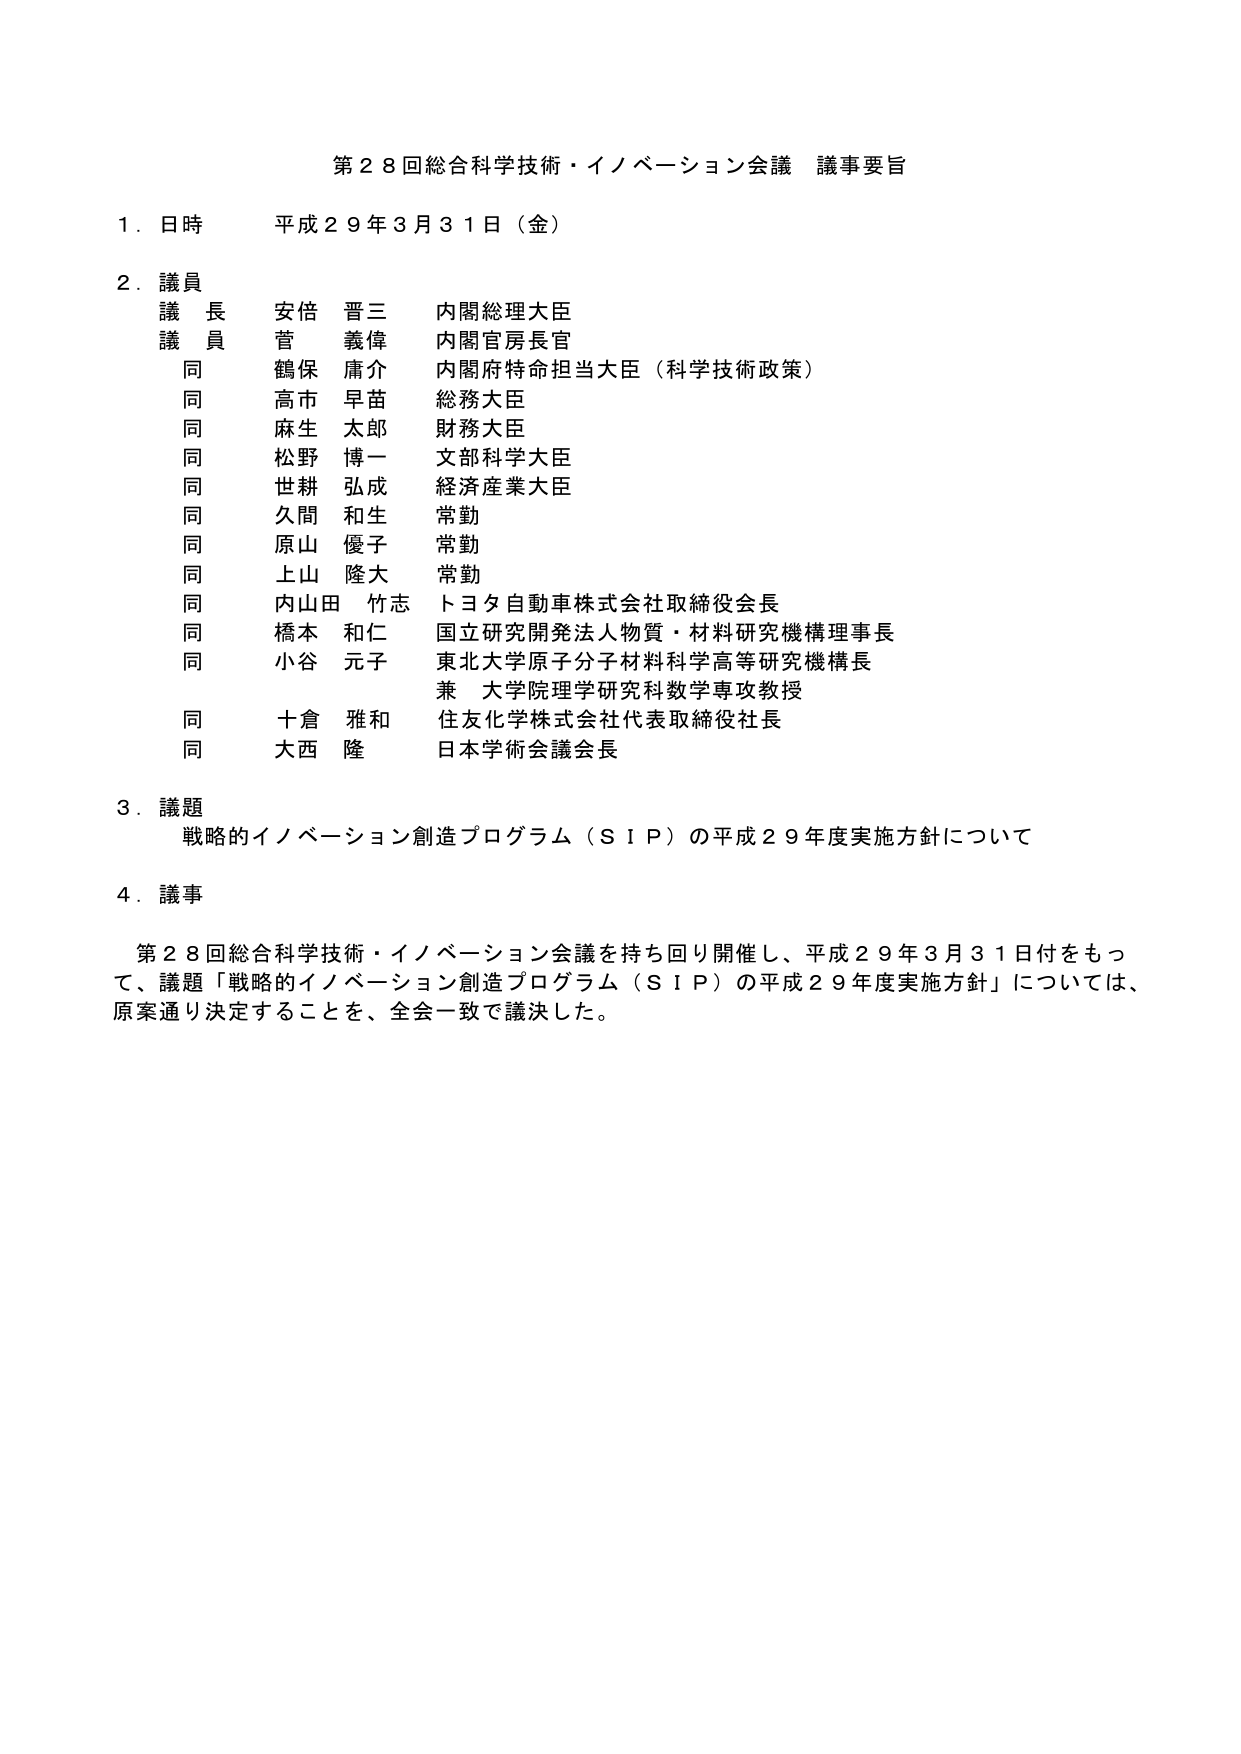
第２８回総合科学技術・イノベーション会議 議事要旨

１．日時 平成２９年３月３１日（金）

２．議員
　議長 安倍 晋三 内閣総理大臣
　議員 菅 義偉 内閣官房長官
　　同 鶴保 庸介 内閣府特命担当大臣（科学技術政策）
　　同 高市 早苗 総務大臣
　　同 麻生 太郎 財務大臣
　　同 松野 博一 文部科学大臣
　　同 世耕 弘成 経済産業大臣
　　同 久間 和生 常勤
　　同 原山 優子 常勤
　　同 上山 隆大 常勤
　　同 内山田 竹志 トヨタ自動車株式会社取締役会長
　　同 橋本 和仁 国立研究開発法人物質・材料研究機構理事長
　　同 小谷 元子 東北大学原子分子材料科学高等研究機構長
　　　　兼 大学院理学研究科数学専攻教授
　　同 十倉 雅和 住友化学株式会社代表取締役社長
　　同 大西 隆 日本学術会議会長

３．議題
　戦略的イノベーション創造プログラム（ＳＩＰ）の平成２９年度実施方針について

４．議事
　第２８回総合科学技術・イノベーション会議を持ち回り開催し、平成２９年３月３１日付をもって、議題「戦略的イノベーション創造プログラム（ＳＩＰ）の平成２９年度実施方針」については、原案通り決定することを、全会一致で議決した。